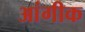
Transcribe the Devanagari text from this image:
आंगीक